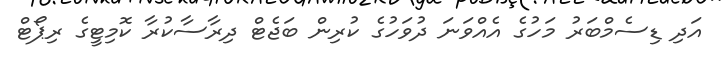
އަދި ޑިސެމްބަރު މަހުގެ އެއްވަނަ ދުވަހުގެ ކުރިން ބަޖެޓް ދިރާސާކުރާ ކޮމިޓީގެ ރިޕޯޓް